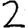
Digit: 2